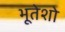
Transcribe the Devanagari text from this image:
भूतेशो